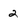
Character: 2